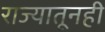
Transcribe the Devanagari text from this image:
राज्यातूनही